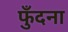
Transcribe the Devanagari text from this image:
फुँदना